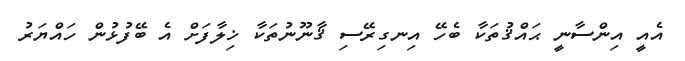
އެއީ އިންސާނީ ޙައްޤުތަކާ ބެހޭ އިނގިރޭސި ޤާނޫނުތަކާ ޚިލާފަށް އެ ބޭފުޅުން ހައްޔަރު